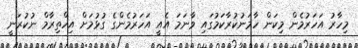
މިހާރު އަހަރުމެން މިކަން ހާމަނުކުރާކަމުގައި ވާނަމަ އެއީ އަހަރުމެންގެ ގުޅުމަށް އިހްތިރާމް ނުކުރަނީ